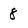
Character: 8